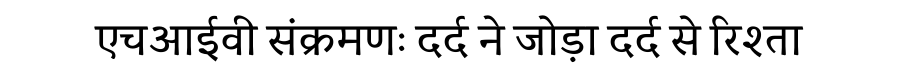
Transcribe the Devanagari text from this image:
एचआईवी संक्रमणः दर्द ने जोड़ा दर्द से रिश्ता